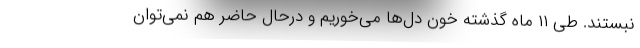
نبستند. طی ۱۱ ماه گذشته خون دل‌ها می‌خوریم و درحال حاضر هم نمی‌توان